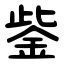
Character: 鈭